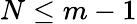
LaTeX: N\leq m-1